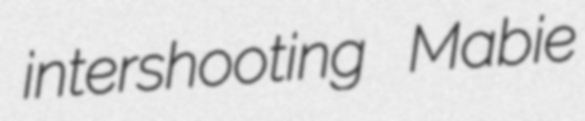
intershooting Mabie